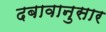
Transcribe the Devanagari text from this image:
दबावानुसार